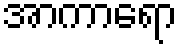
အာကာရော